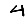
Digit: 4